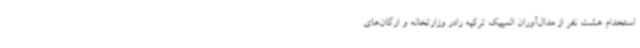
استخدام هشت نفر از مدال‌آوران المپیک ترکیه رادر وزارتخانه و ارگان‌های